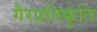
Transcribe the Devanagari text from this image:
गैरप्रतिकृति